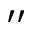
^ { \prime \prime }